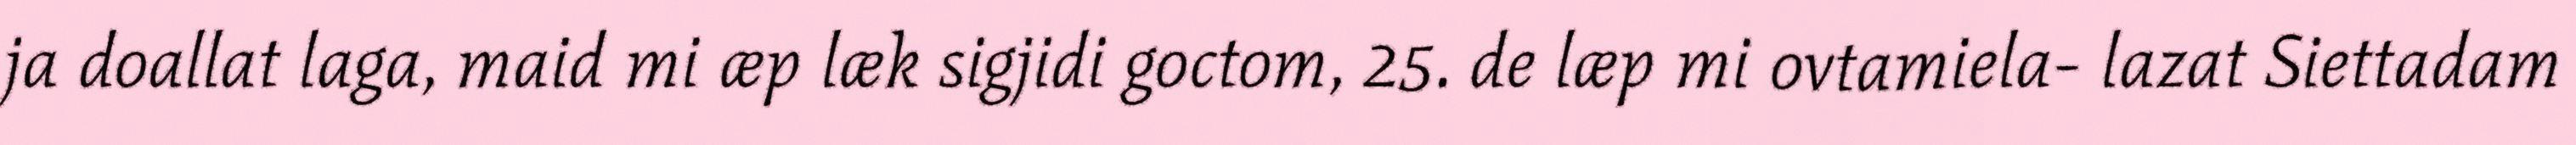
ja doallat laga, maid mi æp læk sigjidi goctom, 25. de læp mi ovtamiela- lazat Siettadam